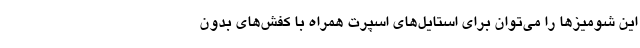
این شومیزها را می‌توان برای استایل‌های اسپرت همراه با کفش‌های بدون